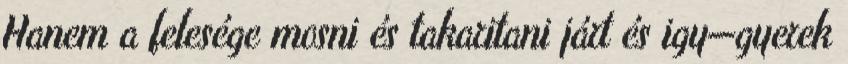
Hanem a felesége mosni és takaritani járt és igy—gyerek